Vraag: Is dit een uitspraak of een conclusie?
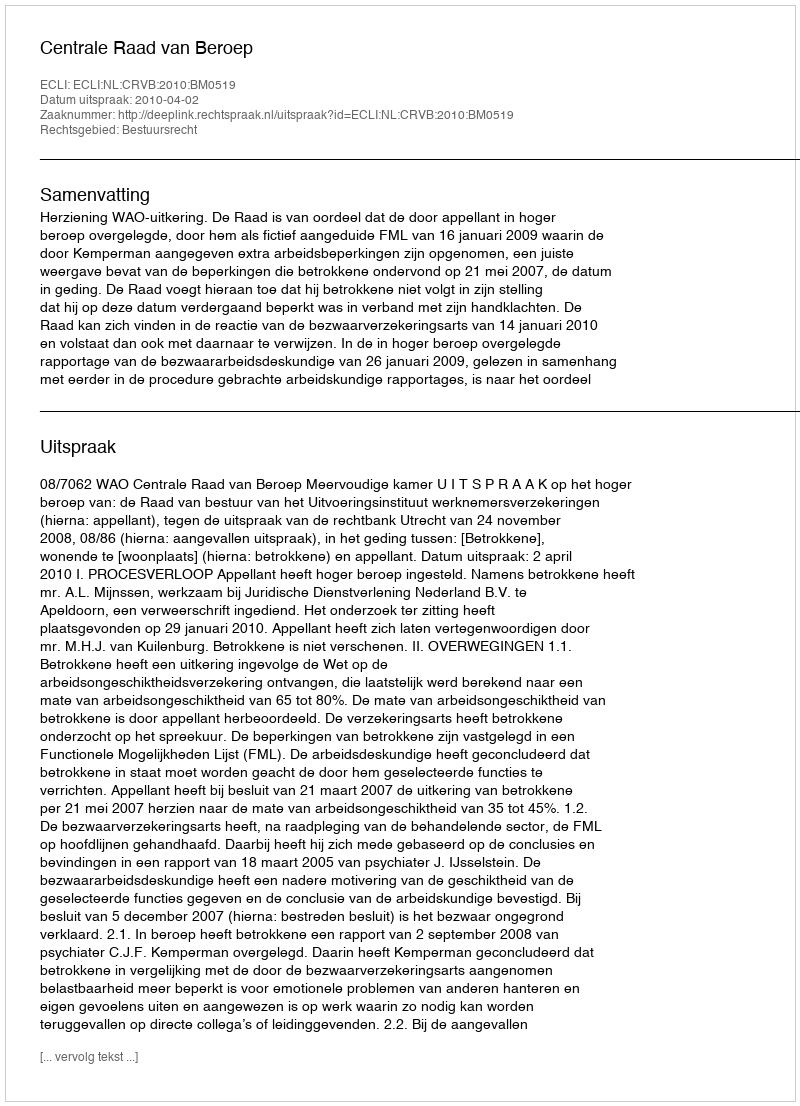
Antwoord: Uitspraak